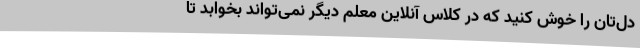
دل‌تان را خوش کنید که در کلاس آنلاین معلم دیگر نمی‌تواند بخوابد تا